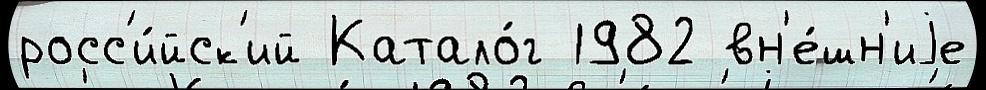
росс'и́йск'ий Катало́г 1982 вн'е́шн'иjе